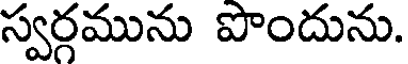
స్వర్గమును పొందును.